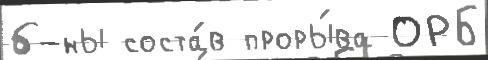
б-ны соста́в проры́ва ОРБ